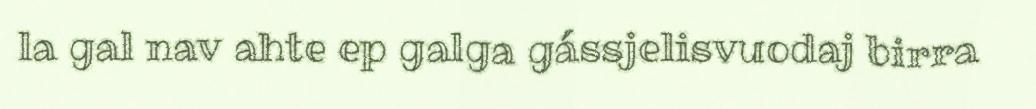
la gal nav ahte ep galga gássjelisvuodaj birra